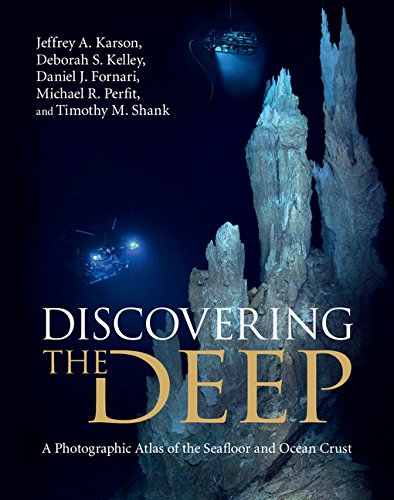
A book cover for Discovering the Deep: A Photographic Atlas of the Seafloor and Ocean Crust; Jeffrey A. Karson; Science & Math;